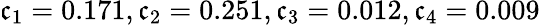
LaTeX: \mathfrak{c}_{1}=0.171,\mathfrak{c}_{2}=0.251,\mathfrak{c}_{3}=0.012,\mathfrak{c}_{4}=0.009